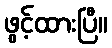
ဖွင့်ထားပြီ။